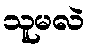
သူမလဲ